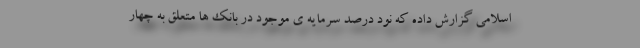
اسلامی گزارش داده که نود درصد سرمایه ی موجود در بانک ها متعلق به چهار